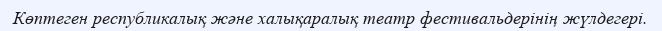
Көптеген республикалық және халықаралық театр фестивальдерінің жүлдегері.